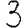
Digit: 3